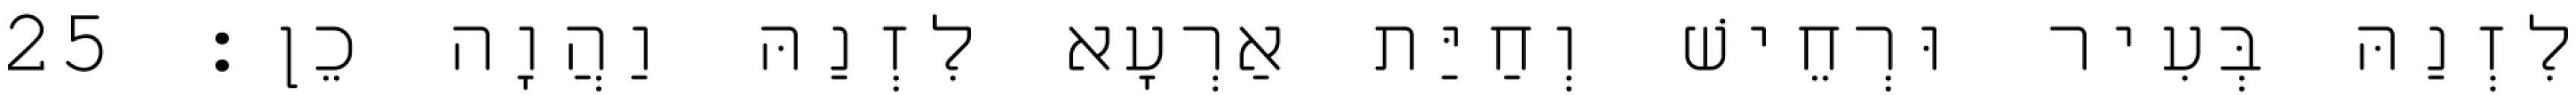
לִזְנַהּ בְּעִיר וּרְחֵישׁ וְחַיַּת אַרְעָא לִזְנַהּ וַהֲוָה כֵן׃ 25